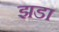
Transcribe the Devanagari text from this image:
झडा